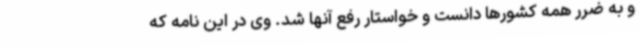
و به ضرر همه کشورها دانست و خواستار رفع آنها شد. وی در این نامه که